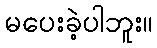
မပေးခဲ့ပါဘူး။